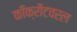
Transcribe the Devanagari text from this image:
काँक्रीटवरल